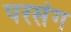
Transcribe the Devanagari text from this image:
परसंग